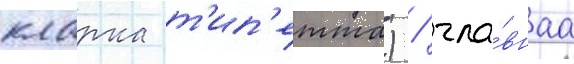
кларка т'ип'етта) / гла́внаа